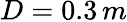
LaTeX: D=0.3\, m